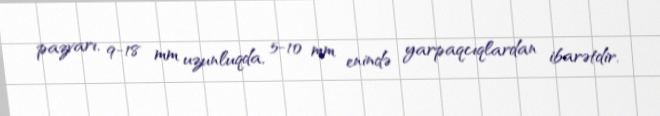
pazvarı, 9-18 mm uzunluqda, 5-10 mm enində yarpaqcıqlardan ibarətdir.